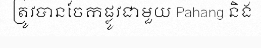
ត្រូវបានចែកផ្លូវជាមួយ Pahang និង